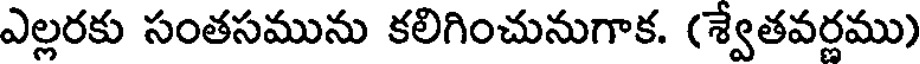
ఎల్లరకు సంతసమును కలిగించునుగాక. (శ్వేతవర్ణము)